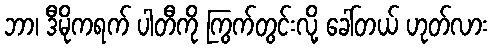
ဘာ၊ ဒီမိုကရက် ပါတီကို ကြွက်တွင်းလို့ ခေါ်တယ် ဟုတ်လား